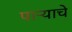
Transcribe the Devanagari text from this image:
पाऱ्याचे